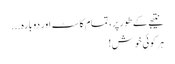
نتیجے کے طور پر، تمام کاسٹ اور دوبارہ ...
ہر کوئی خوش!